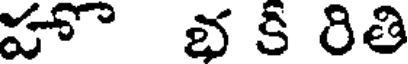
హ భ కి రితి